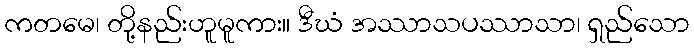
ကတမေ၊ တို့နည်းဟူမူကား။ ဒီဃံ အဿာသပဿာသာ၊ ရှည်သော